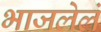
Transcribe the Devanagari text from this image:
भाजलेलं